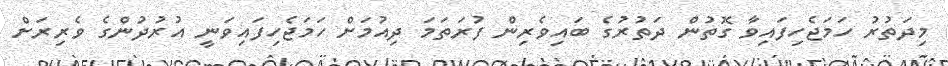
މިދަތުރު ހަމަޖެހިފައިވާ ގޮތުން ދަތުރުގެ ބައިވެރިން ފުރަތަމަ ދިއުމަށް ހަމަޖެހިފައިވަނީ އުރުދުންގެ ވެރިރަށް